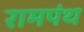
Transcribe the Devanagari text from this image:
रामपंथ